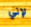
لإني